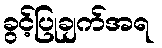
ခွင့်ပြုချက်အရ